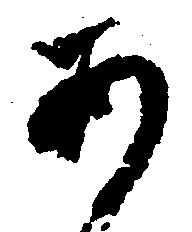
あ